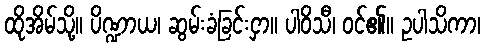
ထိုအိမ်သို့။ ပိဏ္ဍာယ၊ ဆွမ်းခံခြင်းငှာ။ ပါဝိသီ၊ ဝင်၏။ ဥပါသိကာ၊